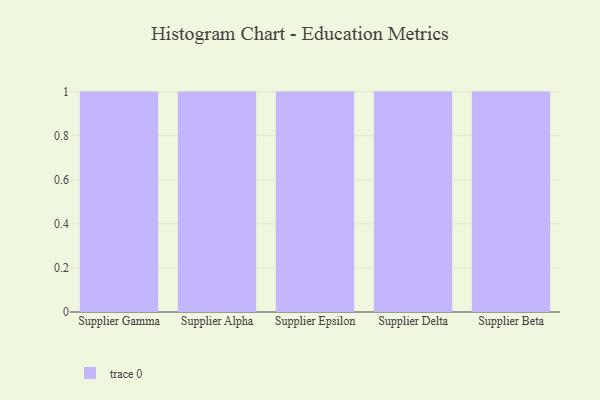
{"axis": {"x": "Supplier", "y": "LTV (USD)"}, "legend": [""], "data": [{"x": "Supplier Gamma", "y": 54, "type": ""}, {"x": "Supplier Alpha", "y": 8, "type": ""}, {"x": "Supplier Epsilon", "y": 69, "type": ""}, {"x": "Supplier Delta", "y": 72, "type": ""}, {"x": "Supplier Beta", "y": 70, "type": ""}]}